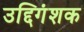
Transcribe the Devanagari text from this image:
उद्दिगंशक